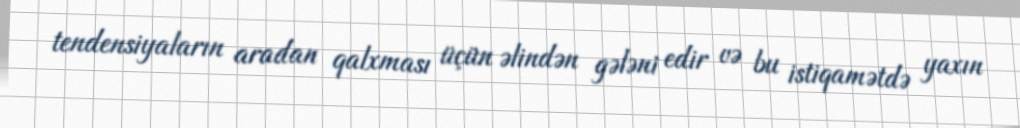
tendensiyaların aradan qalxması üçün əlindən gələni edir və bu istiqamətdə yaxın